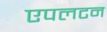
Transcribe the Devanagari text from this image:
एपलटन